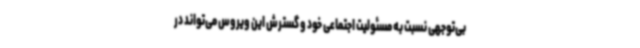
بی‌توجهی نسبت به مسئولیت اجتماعی خود و گسترش این ویروس می‌تواند در